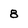
Character: 8